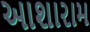
આશારામ